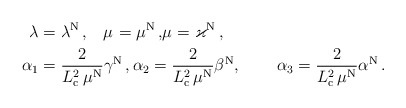
\begin{align*}\lambda_{} &=\lambda^{\rm N} \, ,\ \,\,\,\mu_{} =\mu^{\rm N}\, ,\!\mu_{} =\varkappa^{\rm N}\, ,\\\alpha_1 &=\frac{ 2}{L_{\rm c}^2 \, \mu^{\rm N}} \gamma^{\rm N}\, ,\alpha_2=\frac{ 2}{L_{\rm c}^2 \, \mu^{\rm N}} \beta^{\rm N} ,\qquad\, \alpha_3 =\frac{ 2}{L_{\rm c}^2 \, \mu^{\rm N}} \alpha^{\rm N} \, .\end{align*}